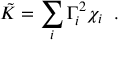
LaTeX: \tilde { K } = \sum _ { i } \Gamma _ { i } ^ { 2 } \chi _ { i } \; \; .